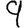
Digit: 9